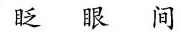
眨 眼 间